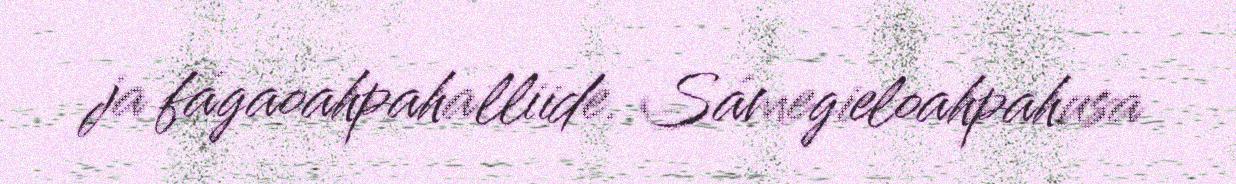
ja fágaoahpahalliide. Sámegieloahpahusa